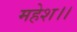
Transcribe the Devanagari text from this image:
महेश।।